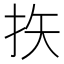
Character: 𪭨